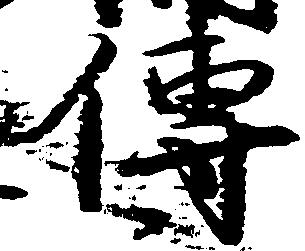
伝